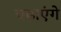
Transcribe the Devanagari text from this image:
चढ़ाएंगे